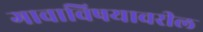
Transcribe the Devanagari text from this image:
गावाविषयावरील